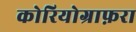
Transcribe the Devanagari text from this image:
कोरियोग्राफ़रा